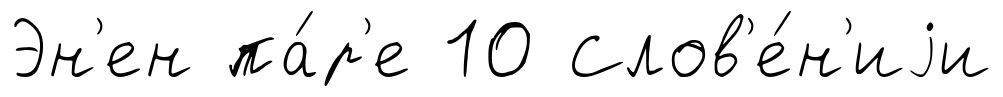
Эн'ен па́р'е 10 Слов'е́н'иjи